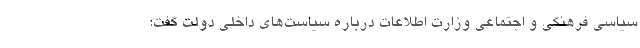
سیاسی فرهنگی و اجتماعی وزارت اطلاعات درباره سیاست‌های داخلی دولت گفت: